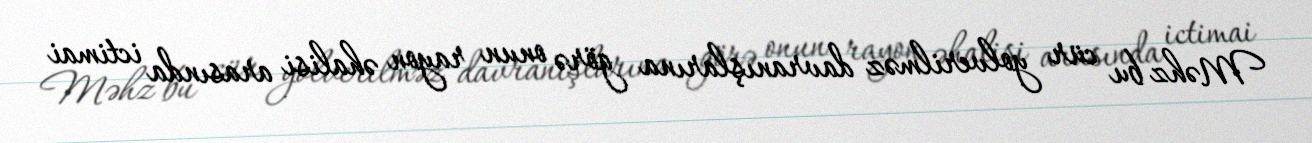
Məhz bu cür yolverilməz davranışlarına görə onun rayon əhalisi arasında ictimai